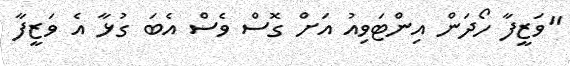
"ވަޒީފާ ހޯދަން އިންޓަވިއު އަށް ގޮސް ވެސް އެބަ ގުޅާ އެ ވަޒީފާ